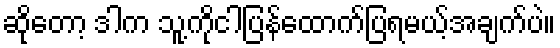
ဆိုတော့ ဒါက သူ့ကိုငါပြန်ထောက်ပြရမယ့်အချက်ပဲ။